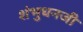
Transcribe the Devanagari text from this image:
शंभुधनजी